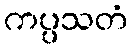
ကပ္ပသတံ